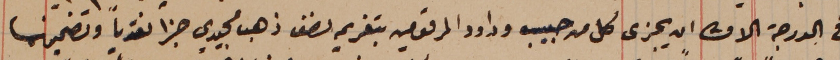
في الدرجة الاولى ان يجزى كل من حبيب وداود المرقومين بتغريم نصف ذهب مجيدي جزا نقدياً وتضمينها